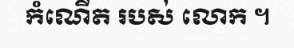
កំណើត របស់ លោក ។